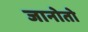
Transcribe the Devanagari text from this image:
जानोतो